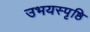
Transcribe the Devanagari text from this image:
उभयस्पृष्ठि